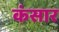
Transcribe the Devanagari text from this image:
कंसार